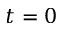
t = 0